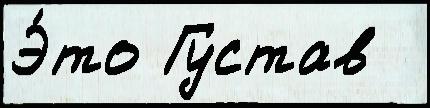
Э́то Густав